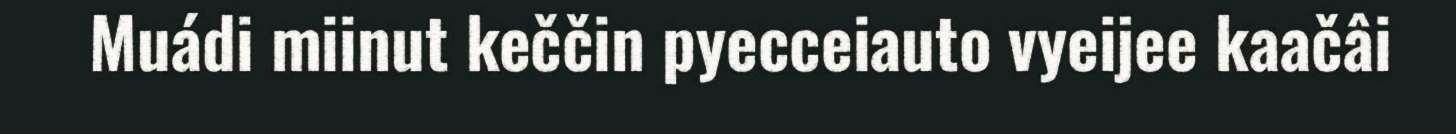
Muádi miinut keččin pyecceiauto vyeijee kaačâi